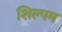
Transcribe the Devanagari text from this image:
शिल्पम